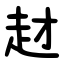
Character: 䞗